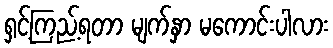
ရှင့်ကြည့်ရတာ မျက်နှာ မကောင်းပါလား